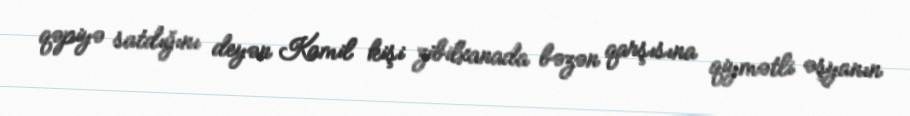
qəpiyə satdığını deyən Kamil kişi zibilxanada bəzən qarşısına qiymətli əşyanın